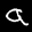
Label: 9